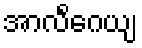
အာလိင်္ဂေယျ